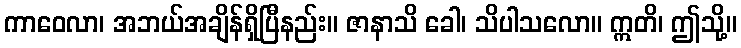
ကာဝေလာ၊ အဘယ်အချိန်ရှိပြီနည်း။ ဇာနာသိ ခေါ၊ သိပါသလော။ ဣတိ၊ ဤသို့။